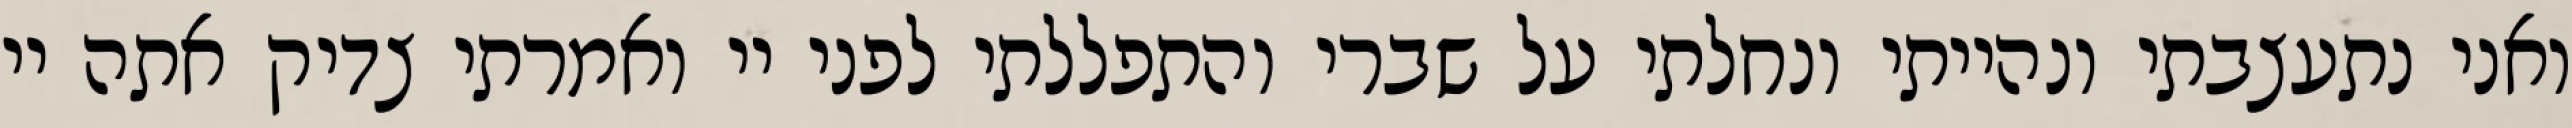
ואני נתעצבתי ונהייתי ונחלתי על שברי והתפללתי לפני יי ואמרתי צדיק אתה יי